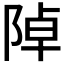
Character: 𨺑